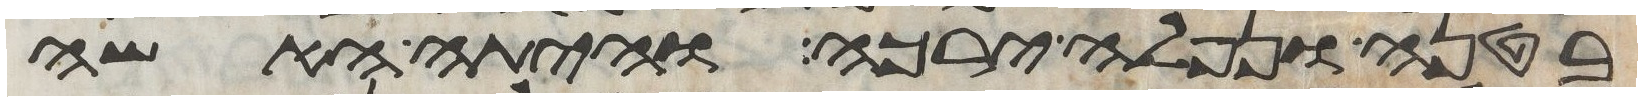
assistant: בטנה ונפלה ירכה והיתה האשה